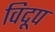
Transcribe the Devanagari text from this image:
विदूप